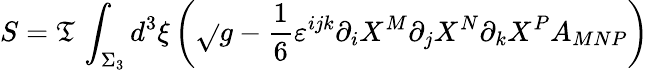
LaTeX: S=\mathfrak{T}\, \int_{\Sigma_{3}}d^{3}\xi\left(\sqrt{}{{g}}-\frac{{1}}{{6}}\varepsilon^{ijk}\partial_{i}X^{M}\partial_{j}X^{N}\partial_{k}X^{P}A_{MNP}\right)